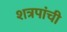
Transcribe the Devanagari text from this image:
शत्रपांची